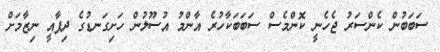
ސަބަބުން ކެންސަރު ޖެހެނީ ކޮންމެސް ސަބަބަކާހުރެ އާންމު އުސޫލުން ހަށިގަނޑުގެ ދިފާއީ ނިޒާމަށް